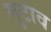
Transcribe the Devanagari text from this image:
मुटाव